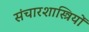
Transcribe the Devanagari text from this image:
संचारशास्त्रियों